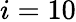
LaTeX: i=10